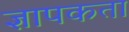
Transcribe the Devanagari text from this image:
ज्ञापकता